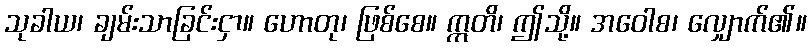
သုခါယ၊ ချမ်းသာခြင်းငှာ။ ဟောတု၊ ဖြစ်စေ။ ဣတိ၊ ဤသို့။ အဝေါစ၊ လျှောက်၏။